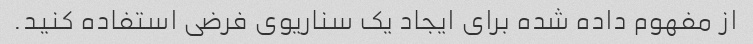
از مفهوم داده شده برای ایجاد یک سناریوی فرضی استفاده کنید.